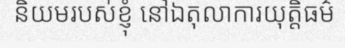
និយមរបស់ខ្ញុំ នៅឯតុលាការយុត្តិធម៌